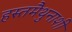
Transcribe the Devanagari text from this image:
हस्तमैथुनाशी